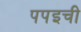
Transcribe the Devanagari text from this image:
पपइची